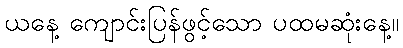
ယနေ့ ကျောင်းပြန်ဖွင့်သော ပထမဆုံးနေ့။